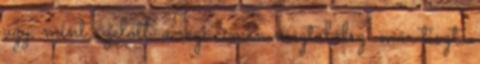
úgy, mint azelőtt. a régi címen megtalálsz. már tiszta